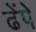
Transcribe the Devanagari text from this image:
ढेंपे